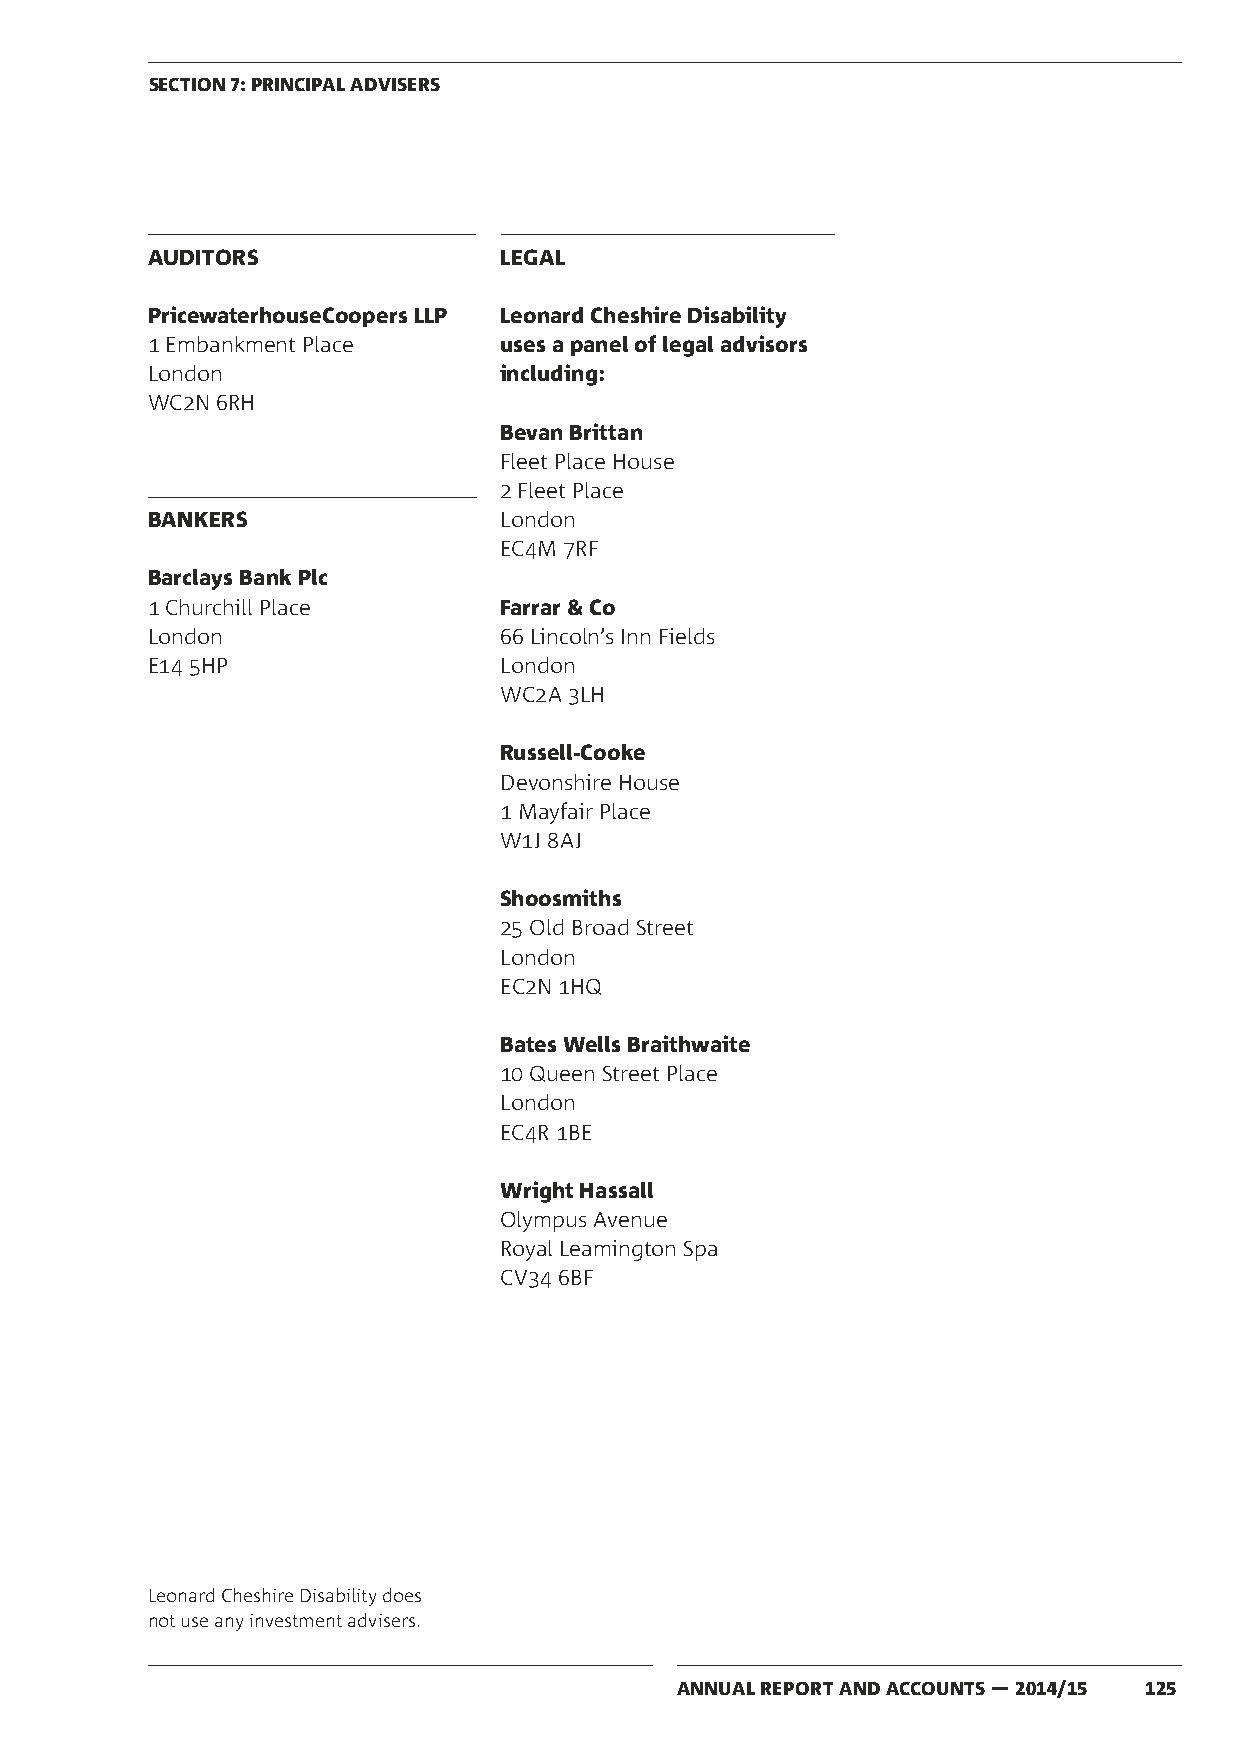
SECTION 7: PRINCIPAL ADVISERS
 AUDITORS               LEGAL
 PricewaterhouseCoopers LLP Leonard Cheshire Disability
 1 Embankment Place     uses a panel of legal advisors
 London                 including:
 WC2N 6RH
 Bevan Brittan
 Fleet Place House
 2 Fleet Place
 BANKERS                London
 EC4M 7RF
 Barclays Bank Plc
 1 Churchill Place      Farrar & Co
 London                 66 Lincoln’s Inn Fields
 E14 5HP                London
 WC2A 3LH
 Russell-Cooke
 Devonshire House
 1 Mayfair Place
 W1J 8AJ
 Shoosmiths
 25 Old Broad Street
 London
 EC2N 1HQ
 Bates Wells Braithwaite
 10 Queen Street Place
 London
 EC4R 1BE
 Wright Hassall
 Olympus Avenue
 Royal Leamington Spa
 CV34 6BF
 Leonard Cheshire Disability does
 not use any investment advisers.
 ANNUAL REPORT AND ACCOUNTS — 2014/15 125